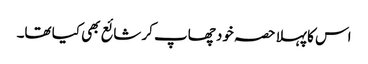
اس کا پہلا حصہ خود چھاپ کر شائع بھی کیا تھا۔